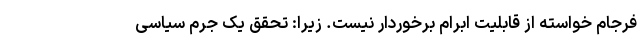
فرجام خواسته از قابلیت ابرام برخوردار نیست. زیرا: تحقق یک جرم سیاسی